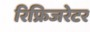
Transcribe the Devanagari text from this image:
रिफ्रिजरेटर